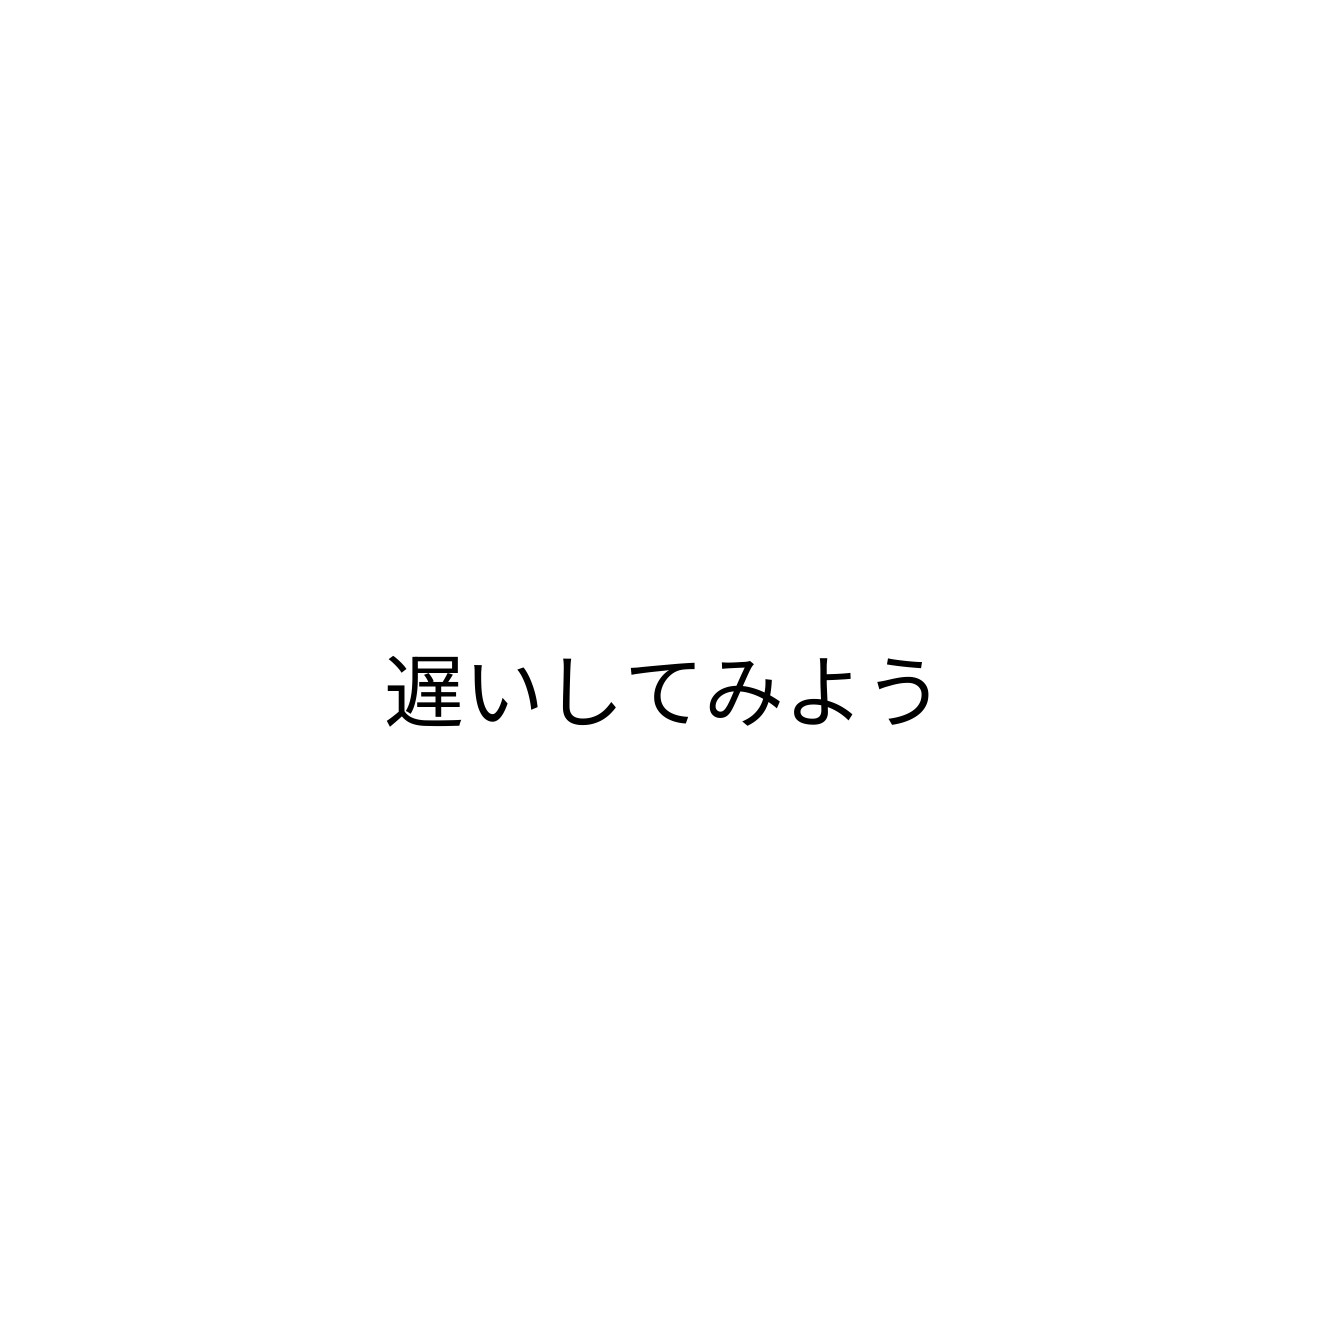
遅いしてみよう